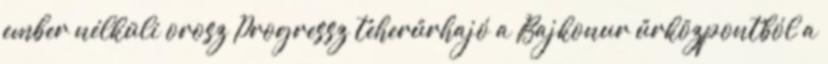
ember nélküli orosz Progressz teherűrhajó a Bajkonur űrközpontból a